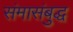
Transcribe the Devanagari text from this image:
संमासंबुद्ध